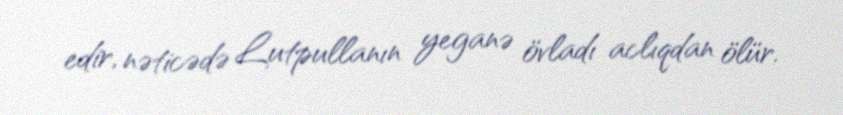
edir, nəticədə Lutpullanın yeganə övladı aclıqdan ölür.